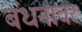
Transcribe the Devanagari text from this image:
बंधनावर